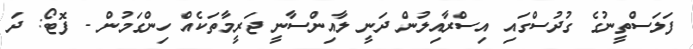
ފަލަސްތީނުގެ ގުދުސްގައި އިސްރާއިލުން ދަނީ ލާއިންސާނީ ޖަރީމާތަކެއް ހިންގަމުން - ފޮޓޯ: ދަ